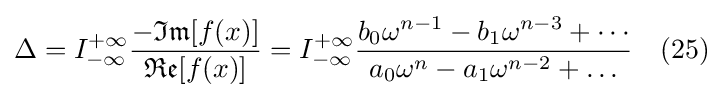
\Delta =I_{-\infty }^{+\infty }{\frac {-{\mathfrak {Im}}[f(x)]}{{\mathfrak {Re}}[f(x)]}}=I_{-\infty }^{+\infty }{\frac {b_{0}\omega ^{n-1}-b_{1}\omega ^{n-3}+\cdots }{a_{0}\omega ^{n}-a_{1}\omega ^{n-2}+\ldots }}\quad (25)